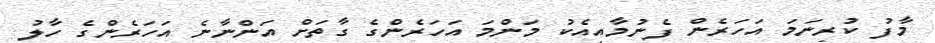
މާފު ކުރިނަމަ އަހަރެން ފެނުމާއިއެކު މަންމަ އަހަރެންގެ ގާތަށް އަންނާނެ އަހަރެންގެ ހާލު